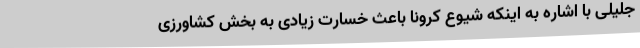
جلیلی با اشاره به اینکه شیوع کرونا باعث خسارت زیادی به بخش کشاورزی